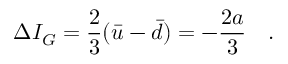
\Delta I _ { G } = \frac { 2 } { 3 } ( \bar { u } - \bar { d } ) = - \frac { 2 a } { 3 } \ \ \ .